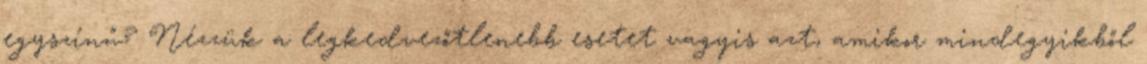
egyszínű? Nézzük a legkedvezőtlenebb esetet vagyis azt, amikor mindegyikből